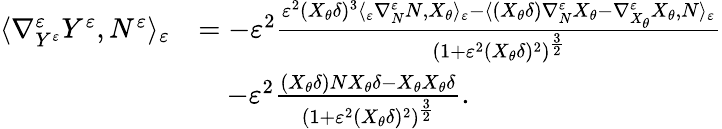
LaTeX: \begin{array}{rl}{\langle\nabla_{Y^{\varepsilon}}^{\varepsilon}Y^{\varepsilon},N^{\varepsilon}\rangle_{\varepsilon}}&{=-\varepsilon^{2}\frac{\varepsilon^{2}(X_{\theta}\delta)^{3}\langle_{\varepsilon}\nabla_{N}^{\varepsilon}N,X_{\theta}\rangle_{\varepsilon}-\langle(X_{\theta}\delta)\nabla_{N}^{\varepsilon}X_{\theta}-\nabla_{X_{\theta}}^{\varepsilon}X_{\theta},N\rangle_{\varepsilon}}{(1+\varepsilon^{2}(X_{\theta}\delta)^{2})^{\frac{3}{2}}}}\\ &{\quad-\varepsilon^{2}\frac{(X_{\theta}\delta)NX_{\theta}\delta-X_{\theta}X_{\theta}\delta}{(1+\varepsilon^{2}(X_{\theta}\delta)^{2})^{\frac{3}{2}}}.}\end{array}